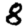
Digit: 8